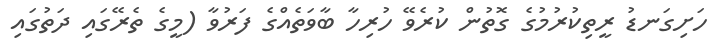
ހަށިގަނޑު ރީތިކުރުމުގެ ގޮތުން ކުރެވޭ ހުރިހާ ބާވަތެއްގެ ފަރުވާ (މީގެ ތެރޭގައި ދަތުގައި